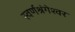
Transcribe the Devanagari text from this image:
स्वर्णश्रंगेश्वर